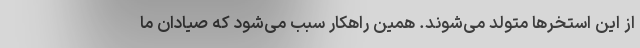
از این استخرها متولد می‌شوند. همین راهکار سبب می‌شود که صیادان ما